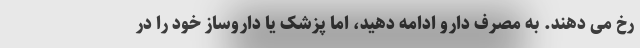
رخ می دهند. به مصرف دارو ادامه دهید، اما پزشک یا داروساز خود را در